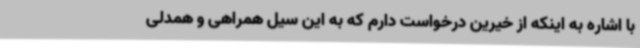
با اشاره به اینکه از خیرین درخواست دارم که به این سیل همراهی و همدلی